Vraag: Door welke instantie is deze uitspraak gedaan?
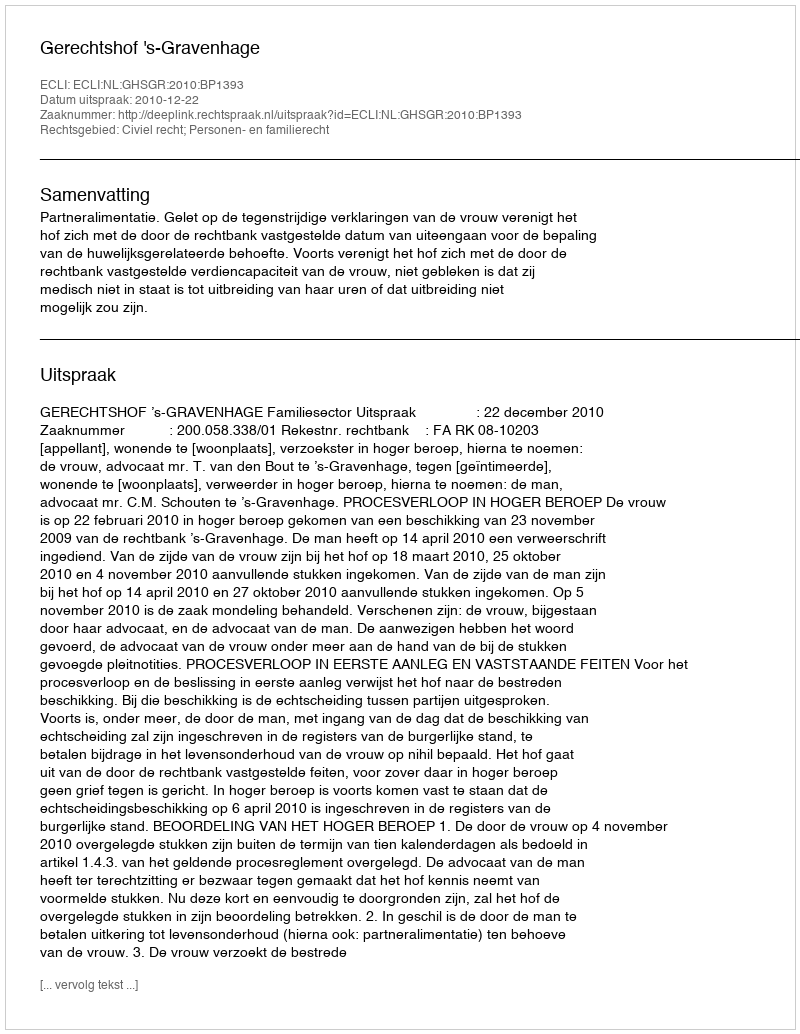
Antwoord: Gerechtshof 's-Gravenhage